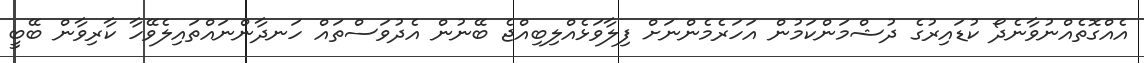
އެއްގޮތެއްނުވާނެދޯ ކުޑައިރުގެ ދުޝްމަންކަމުން އަހަރެމެންނަށް ފިލާވަޅެއްލިބިއްޖެ ބޭނުން އެދުވަސްތައް ހަނދާންނައްތައިލެވޭހާ ކާރިވާން ބޭބީ